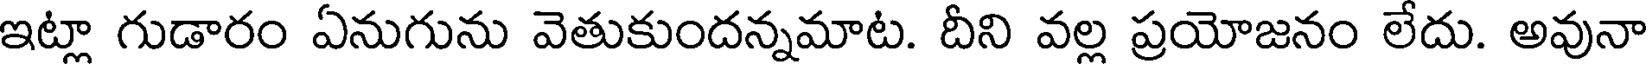
ఇట్లా గుడారం ఏనుగును వెతుకుందన్నమాట. దీని వల్ల ప్రయోజనం లేదు. అవునా